Problem: 11 + 50 = ?
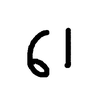
Handwritten answer: 61